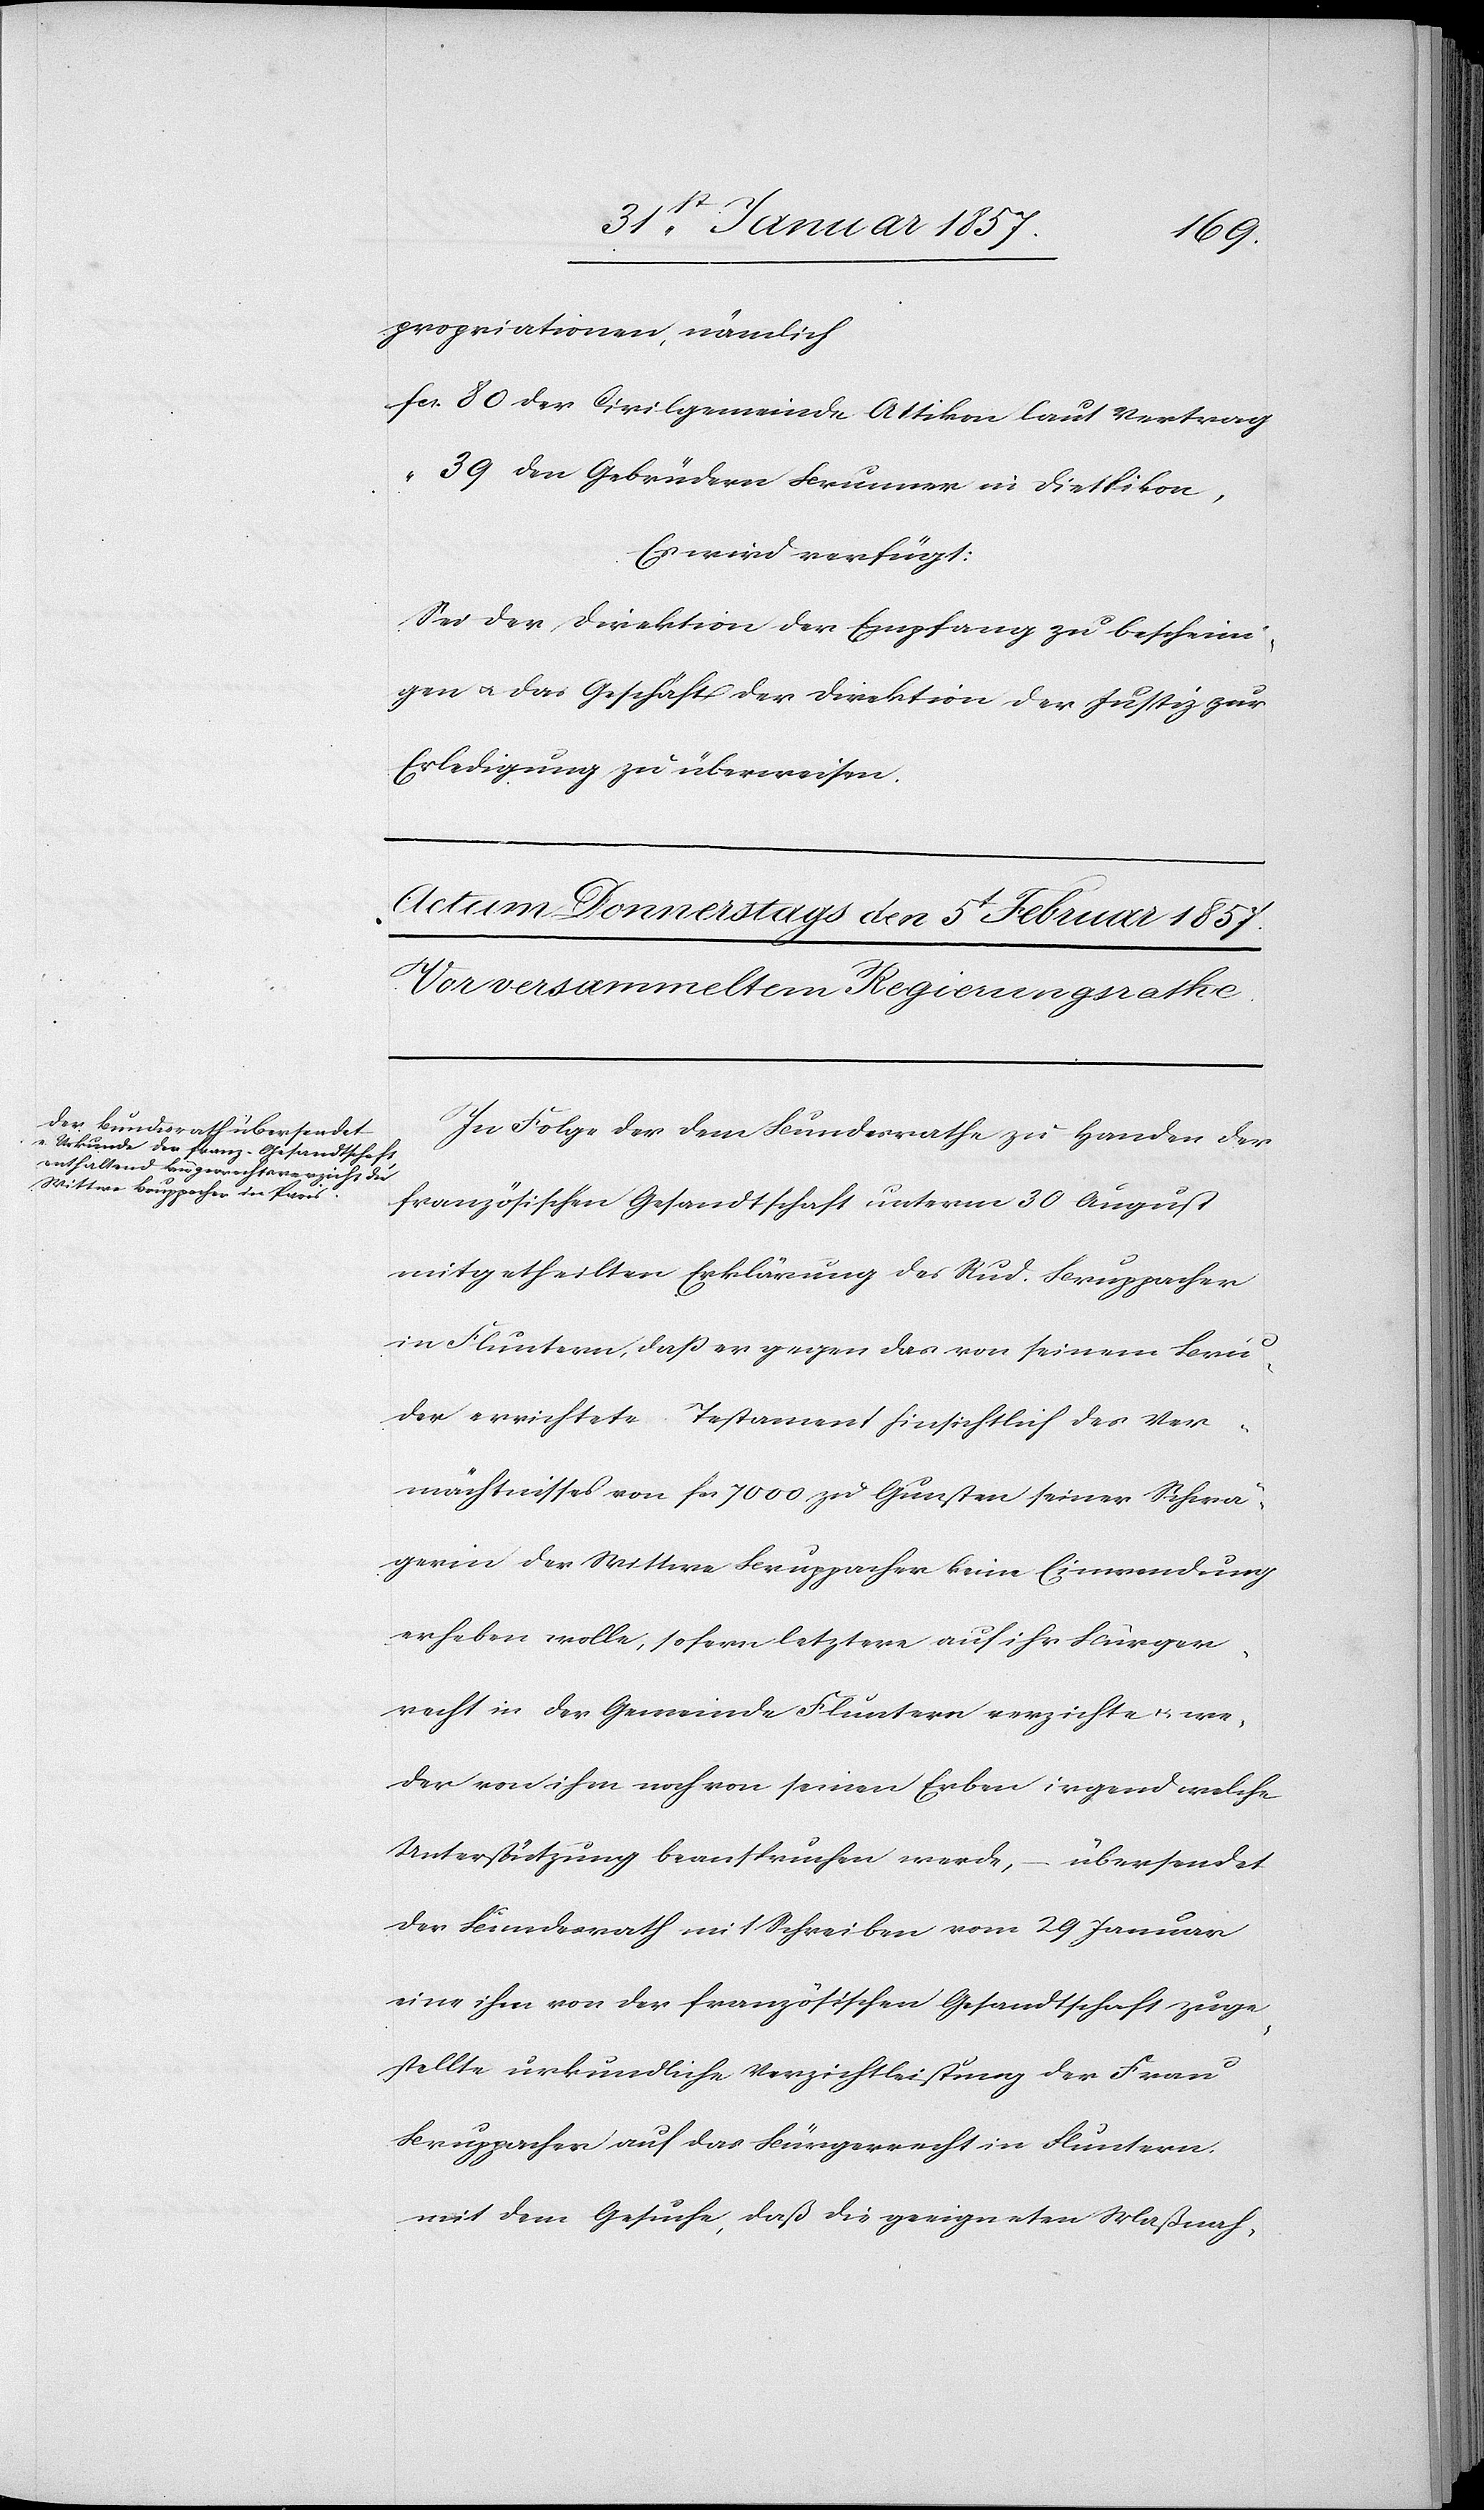
propriationen, nämlich
fcs	80 der Civilgemeinde Attikon laut Vertrag
“	39 den Gebrüdern Brunner in Dietlikon,
Es wird verfügt:
Sei der Direktion der Empfang zu bescheini¬
gen & das Geschäft der Direktion der Justiz zur
Erledigung zu überweisen.
In Folge der dem Bundesrathe zu Handen der
französischen Gesandtschaft unterm 30 August
mitgetheilten Erklärung des Rud. Bruppacher
in Fluntern, daß er gegen das von seinem Bru¬
der errichtete Testament hinsichtlich des Ver¬
mächtnisses von fcs 7000 zu Gunsten seiner Schwä¬
gerin der Wittwe Bruppacher keine Einwendung
erheben wolle, sofern letztere auf ihr Bürger¬
recht in der Gemeinde Fluntern verzichte & we¬
der von ihm noch von seinen Erben irgend welche
Unterstützung beanspruchen werde, – übersendet
der Bundesrath mit Schreiben vom 29 Januar
eine ihm von der französischen Gesandtschaft zuge¬
stellte urkundliche Verzichtleistung der Frau
Bruppacher auf das Bürgerrecht in Fluntern
mit dem Gesuche, daß die geeigneten Maßnah-